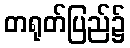
တရုတ်ပြည်၌